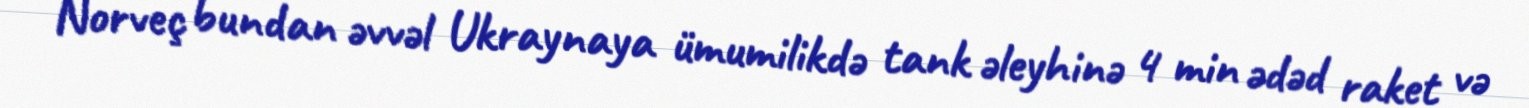
Norveç bundan əvvəl Ukraynaya ümumilikdə tank əleyhinə 4 min ədəd raket və